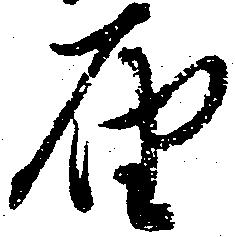
届